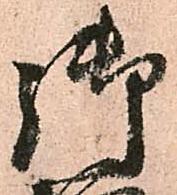
御